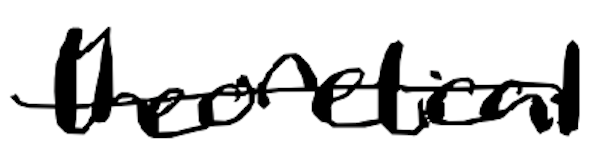
Text: theoretical
Cross-out: single-line
Writing tool: digital_black